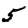
Digit: 5